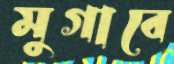
মুগাবে